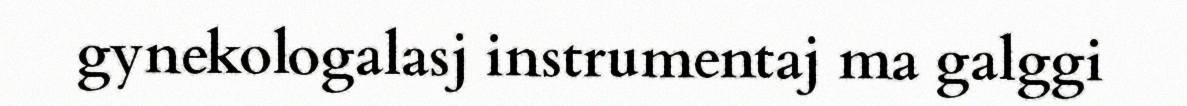
gynekologalasj instrumentaj ma galggi